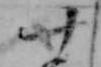
廿